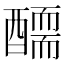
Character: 𨢾